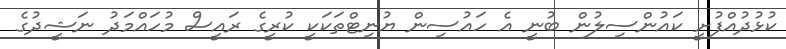
ކުޅުދުއްފުށީ ކައުންސިލުން ބުނީ އެ ހައުސިން ޔުނިޓްތަކަކީ ކުރީގެ ރައީސް މުހައްމަދު ނަޝީދުގެ